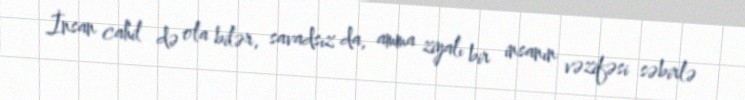
İnsan cahil də ola bilər, savadsız da, amma ziyalı bir insanın vəzifəsi səbirlə